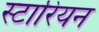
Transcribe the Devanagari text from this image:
स्टारियन